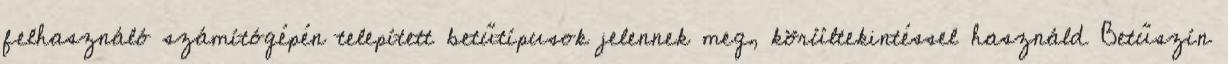
felhasználó számítógépén telepített betűtípusok jelennek meg, körültekintéssel használd Betűszín